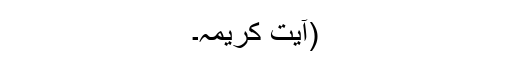
(آیتِ کریمہ۔